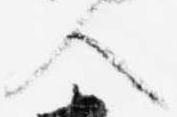
人